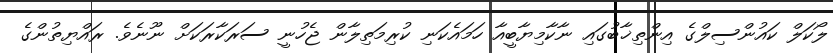
ލޯކަލް ކައުންސިލްގެ އިންތިޚާބުގައި ނާކާމިޔާބީއާ ހަމައެކަނި ކުރިމަތިލާން ޖެހުނީ ސަރަކާރަކަށް ނޫނެވެ. ރައްޔިތުންގެ